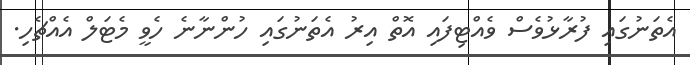
އެތަނުގައި ފުރާޅުވެސް ވެއްޓިފައި އޮތް އިރު އެތަނުގައި ހުންނާނެ ހެވީ މެޓަލް އެއްޗެހި.